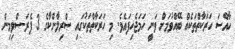
ހާއްސަ ހަރަކާތްތަކެއް ބޭއްވުމަށް ވަނީ ހަމަޖެހިފައެވެ. މި ހަރަކާތްތަކުގައި ސްރިލާންކާގެ 3 ޕެރަ-ސްވިމިން